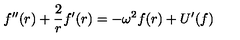
f ^ { \prime \prime } ( r ) + \frac { 2 } { r } f ^ { \prime } ( r ) = - \omega ^ { 2 } f ( r ) + U ^ { \prime } ( f )